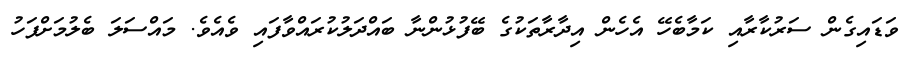
ވަޑައިގެން ސަރުކާރާއި ކަމާބެހޭ އެހެން އިދާރާތަކުގެ ބޭފުޅުންނާ ބައްދަލުކުރައްވާފައި ވެއެވެ. މައްސަލަ ބެލުމަށްފަހު